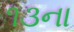
૧૩ના